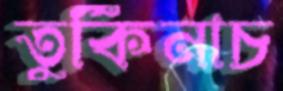
তুর্কিনাচ